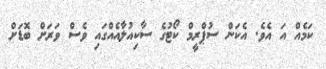
ކަމެއް އަ އެވެ. އެކަން ސުޕްރީމް ކޯޓުގެ ސާކިއުލާއެއްގައި ވެސް ވަރަށް ބޮޑަށް